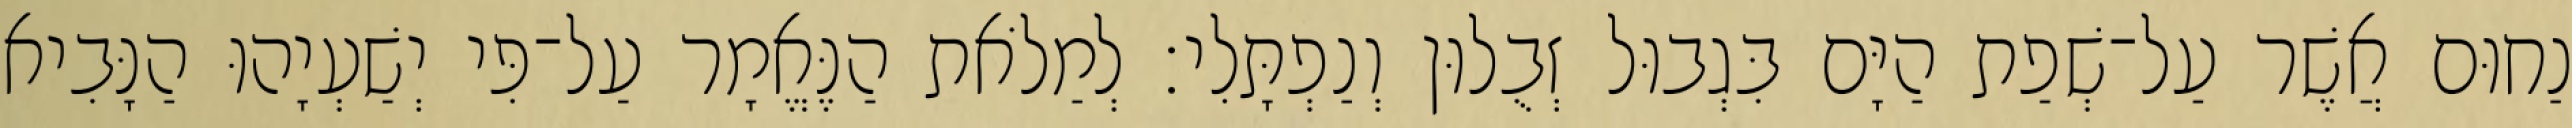
נַחוּם אֲשֶׁר עַל־שְׁפַת הַיָּם בִּגְבוּל זְבֻלוּן וְנַפְתָּלִי׃ לְמַלֹאת הַנֶּאֱמָר עַל־פִּי יְשַׁעְיָהוּ הַנָּבִיא